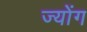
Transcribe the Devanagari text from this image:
ज्योंग